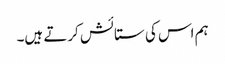
ہم اس کی ستائش کرتے ہیں۔